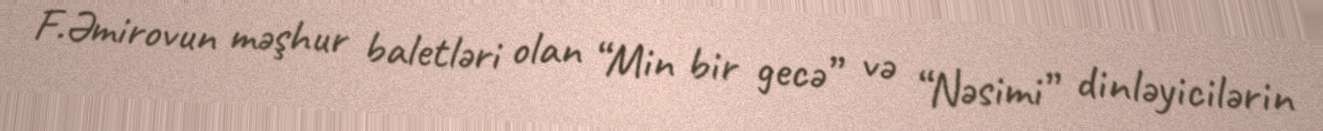
F.Əmirovun məşhur baletləri olan “Min bir gecə” və “Nəsimi” dinləyicilərin